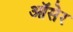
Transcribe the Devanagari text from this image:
ऑसेर